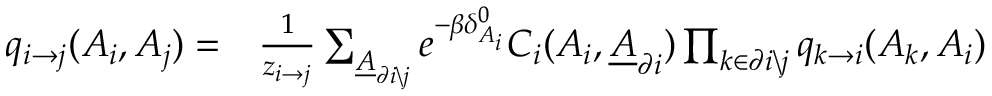
\begin{array} { r l } { q _ { i \rightarrow j } ( A _ { i } , A _ { j } ) = } & { \frac { 1 } { z _ { i \rightarrow j } } \sum _ { \underline { { A } } _ { \partial i \backslash j } } e ^ { - \beta \delta _ { A _ { i } } ^ { 0 } } C _ { i } ( A _ { i } , \underline { { A } } _ { \partial i } ) \prod _ { k \in \partial i \backslash j } q _ { k \rightarrow i } ( A _ { k } , A _ { i } ) } \end{array}